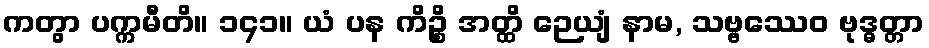
ကတွာ ပက္ကမီတိ။ ၁၄၁။ ယံ ပန ကိဉ္စိ အတ္ထိ ဉေယျံ နာမ, သဗ္ဗဿေဝ ဗုဒ္ဓတ္တာ